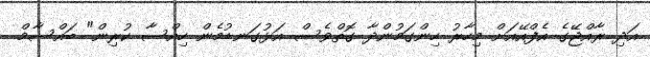
އަދި ރާއްޖޭގެ އެފްއޭއަށް މިހާރު ހިންގަމުންދާ ގޮތްވެސް އަޅުގަނޑުމެން ހިއްސާ ކުރިން" ބައްސާމް